system: You are a helpful assistant.
user:
Analyze the provided spectrum to determine if it is a **M-type Giant (gM)**.

A M-type Giant spectrum is defined by its **strong molecular absorption** features, particularly from **Titanium Oxide (TiO)**. You must check for one of the following mutually exclusive signatures:

- **Key Visual Indicators (Absorption-Dominated Spectrum):**

    - **(Primary):** The spectrum is dominated by strong molecular absorption from **Titanium Oxide (TiO)**. This is the **defining feature** of its M-type temperature class.
        - **(Key Bandheads):** Look for sharp, "saw-tooth" absorption valleys. The strongest are located near **~7050 Å**, **~6160 Å**, and **~5170 Å**.
        - **(Line Profile):** The "saw-tooth" morphology is critical: a **sharp, steep drop on the BLUE (short-wavelength) side** of the bandhead, followed by a gradual recovery (rising flux) towards the RED (long-wavelength) side.

    - **(Key Confirmation - Giant vs. Dwarf):** **ABSENCE** of strong **Calcium Hydride (CaH)** molecular bands. This is the primary diagnostic for *excluding* M-dwarfs.
        - **(Key Region):** The spectrum should lack the strong, broad absorption band seen in dwarfs between **~6800 Å and ~7000 Å**.

    - **(Secondary Confirmation - Giant):** A very strong and broad **Neutral Calcium (Ca I)** atomic absorption line.
        - **(Key Line):** Located at **~4226 Å**. In a giant (gM), this line is significantly deeper and broader than the same line in an M-dwarf (dM) due to low surface gravity.

    - **(Overall Spectrum):**
        - The continuum is **extremely red-sloping** (i.e., flux is very low in the blue and rises dramatically towards the red).
        - The entire spectrum appears "chopped up" by the deep TiO bands.

Think first, call **spectral_visualization_tool** if needed to examine features in detail, then provide your final answer. Your response must adhere to the following strict rules:
1.  **Overall Structure:** Your response must follow the format `<think>...</think> <tool_call>...</tool_call> (if a tool is used) <answer>...</answer>`.
2.  **Tool Usage Constraint:** You may only make **one** tool call per turn.
3.  **Final Answer Format:** In the `<answer>` tag, your conclusion must be inside a `\boxed{}` command (e.g., `\boxed{YES}` or `\boxed{NO}`), followed by your justification.

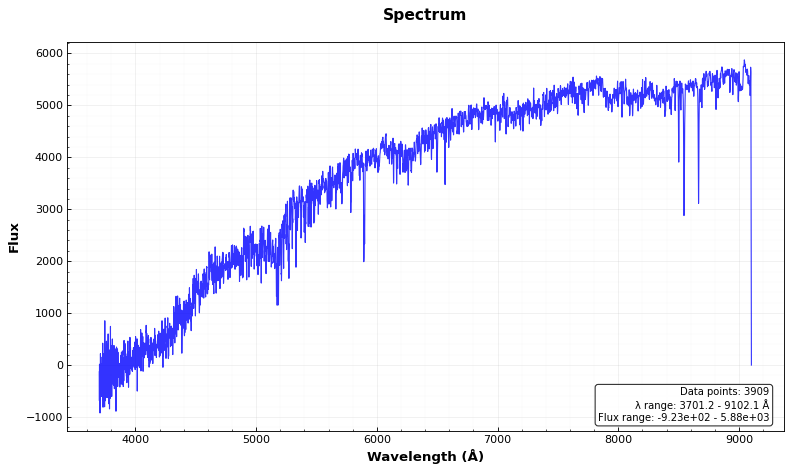
Answer: NO